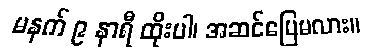
မနက် ၉ နာရီ ထိုးပါ၊ အဆင်ပြေမလား။